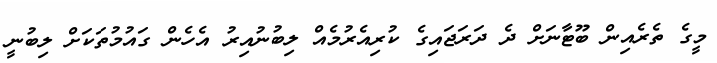
މީގެ ތެރެއިން ބޫޓާނަށް ދެ ދަރަޖައިގެ ކުރިއެރުމެއް ލިބުނުއިރު އެހެން ގައުމުތަކަށް ލިބުނީ